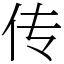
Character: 传